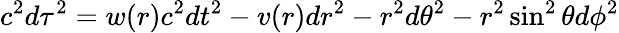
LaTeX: c^{2}d\tau^{2}=w(r)c^{2}dt^{2}-v(r)dr^{2}-r^{2}d\theta^{2}-r^{2}\sin^{2}\theta d\phi^{2}